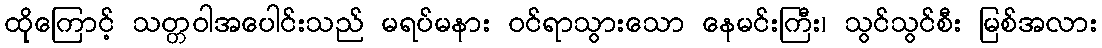
ထိုကြောင့် သတ္တဝါအပေါင်းသည် မရပ်မနား ဝင်ရာသွားသော နေမင်းကြီး၊ သွင်သွင်စီး မြစ်အလား